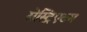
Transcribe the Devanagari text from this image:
सेस्ट्रिएटम